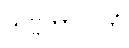
သဗ္ဗကာလိကံ